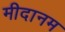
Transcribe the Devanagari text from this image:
मीदानम